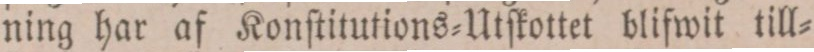
ning har af Konſtitutions-Utſkottet blifwit till=